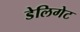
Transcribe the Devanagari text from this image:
डेलिगेट